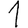
Digit: 1